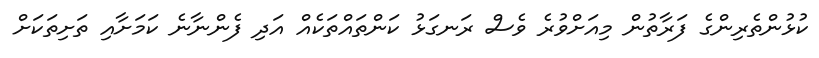
ކުޅުންތެރިންގެ ފަރާތުން މިއަށްވުރެ ވެސް ރަނގަޅު ކަންތައްތަކެއް އަދި ފެންނާނެ ކަމަށާއި ތަށިތަކަށް